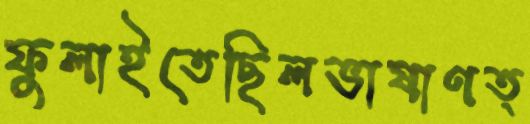
ফুলাইতেছিলভাষাণত্